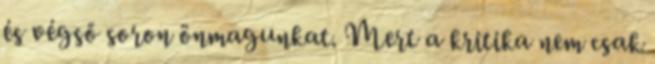
és végső soron önmagunkat. Mert a kritika nem csak